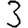
Digit: 3